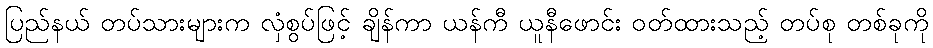
ပြည်နယ် တပ်သားများက လှံစွပ်ဖြင့် ချိန်ကာ ယန်ကီ ယူနီဖောင်း ဝတ်ထားသည့် တပ်စု တစ်ခုကို